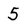
Character: 5